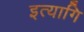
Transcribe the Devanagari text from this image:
इत्यागि